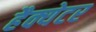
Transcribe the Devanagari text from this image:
हैक्येटर